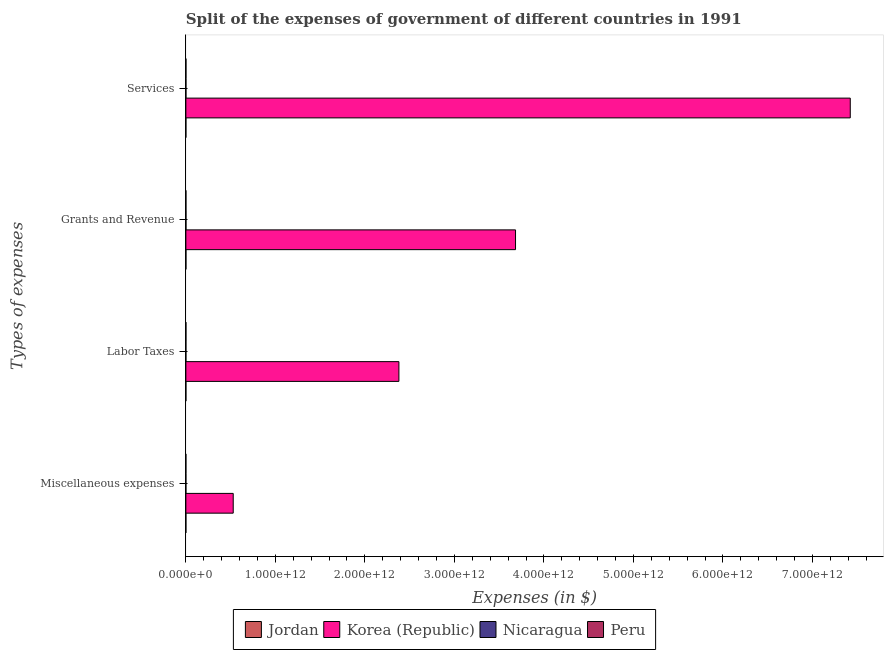
| Types of expenses | Jordan | Korea (Republic) | Nicaragua | Peru |
 | --- | --- | --- | --- | --- |
 | Miscellaneous expenses | 1.57e+07 | 5.29e+11 | 1.75e+07 | 5e+06 |
 | Labor Taxes | 7.18e+07 | 2.38e+12 | 1.17e+08 | 4.48e+08 |
 | Grants and Revenue | 4.59e+08 | 3.68e+12 | 9.76e+08 | 2.74e+08 |
 | Services | 4.94e+07 | 7.42e+12 | 5.63e+08 | 5.97e+08 |